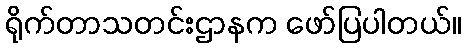
ရိုက်တာသတင်းဌာနက ဖော်ပြပါတယ်။